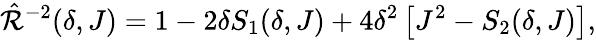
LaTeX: \hat{\mathcal{R}}^{-2}(\delta,J)=1-2\delta S_{1}(\delta,J)+4\delta^{2}\left[J^{2}-S_{2}(\delta,J)\right],